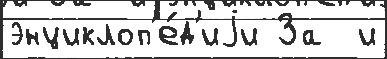
энциклоп'е́д'иjи За  и